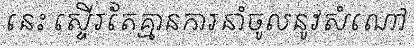
នេះ ស្ទើរតែគ្មានការនាំចូលនូវសំណៅ